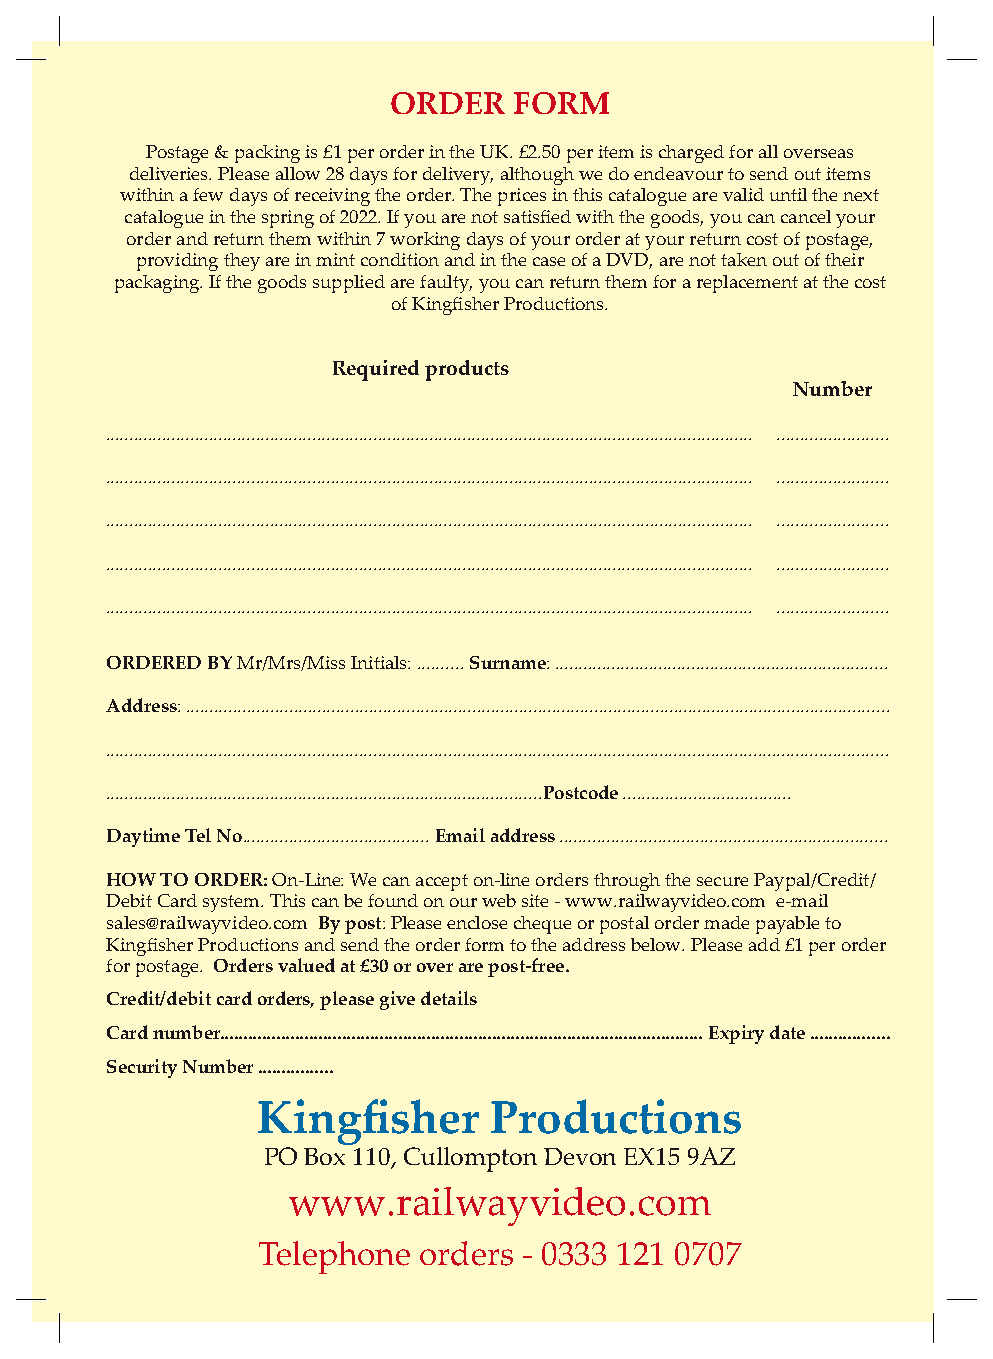
ORDER   FORM
 Postage & packing is £1 per order in the UK. £2.50 per item is charged for all overseas
 deliveries. Please allow 28 days for delivery, although we do endeavour to send out items
 within a few days of receiving the order. The prices in this catalogue are valid until the next
 catalogue in the spring of 2022. If you are not satisfied with the goods, you can cancel your
 order and return them within 7 working days of your order at your return cost of postage,
 providing they are in mint condition and in the case of a DVD, are not taken out of their
 packaging. If the goods supplied are faulty, you can return them for a replacement at the cost
 of Kingfisher Productions.
 Required products
 Number
 .......................................................................................................................................... ........................
 .......................................................................................................................................... ........................
 .......................................................................................................................................... ........................
 .......................................................................................................................................... ........................
 .......................................................................................................................................... ........................
 ORDERED BY Mr/Mrs/Miss Initials: .......... Surname: .......................................................................
 Address: ......................................................................................................................................................
 .......................................................................................................................................................................
 .............................................................................................Postcode ....................................
 Daytime Tel No........................................ Email address ......................................................................
 HOW TO ORDER: On-Line: We can accept on-line orders through the secure Paypal/Credit/
 Debit Card system. This can be found on our web site - www.railwayvideo.com e-mail
 sales@railwayvideo.com By post: Please enclose cheque or postal order made payable to
 Kingfisher Productions and send the order form to the address below. Please add £1 per order
 for postage. Orders valued at £30 or over are post-free.
 Credit/debit card orders, please give details
 Card number....................................................................................................... Expiry date .................
 Security Number ................
 Kingfisher     Productions
 PO Box 110, Cullompton Devon EX15 9AZ
 www.railwayvideo.com
 Telephone  orders - 0333 121 0707